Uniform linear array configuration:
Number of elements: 64
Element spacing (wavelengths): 0.5
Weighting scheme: cosine
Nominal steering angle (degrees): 60
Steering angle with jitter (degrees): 60.852
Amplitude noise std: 0.05
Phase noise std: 0.05

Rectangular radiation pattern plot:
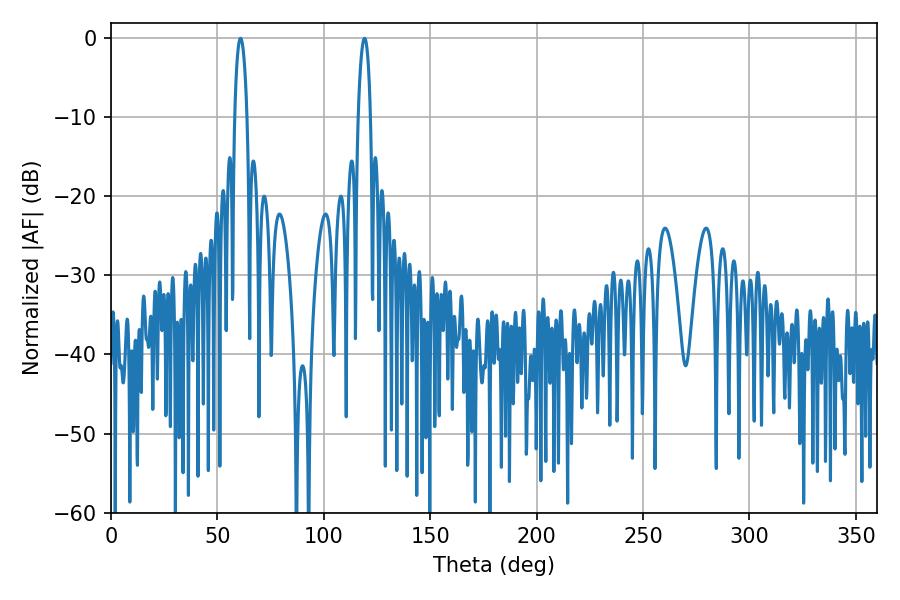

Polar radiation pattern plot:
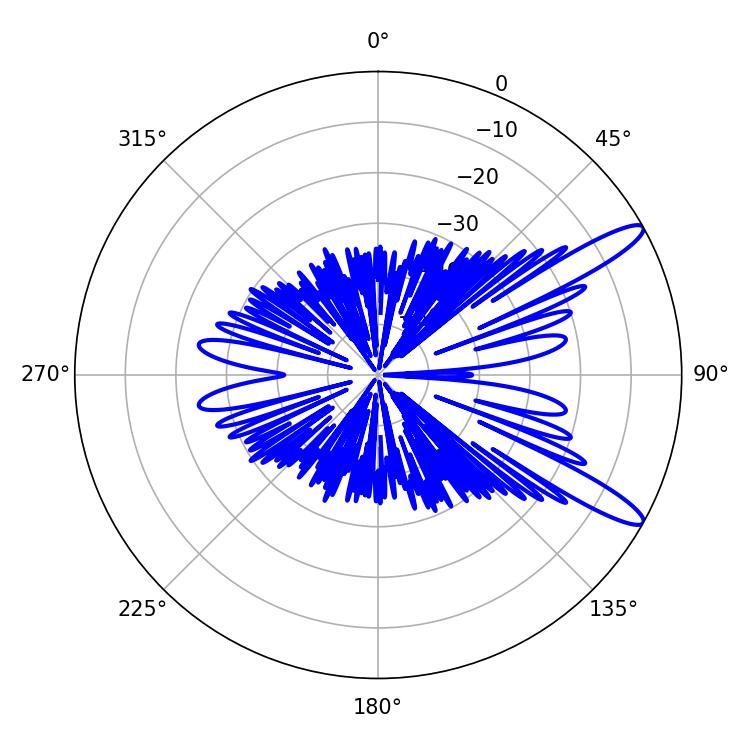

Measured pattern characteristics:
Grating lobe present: FALSE
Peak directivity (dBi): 12.529
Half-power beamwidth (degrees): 3.24
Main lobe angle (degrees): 60.84